Memorandum on the prevention of leprosy by segregation of the affected
Disease focus: Leprosy
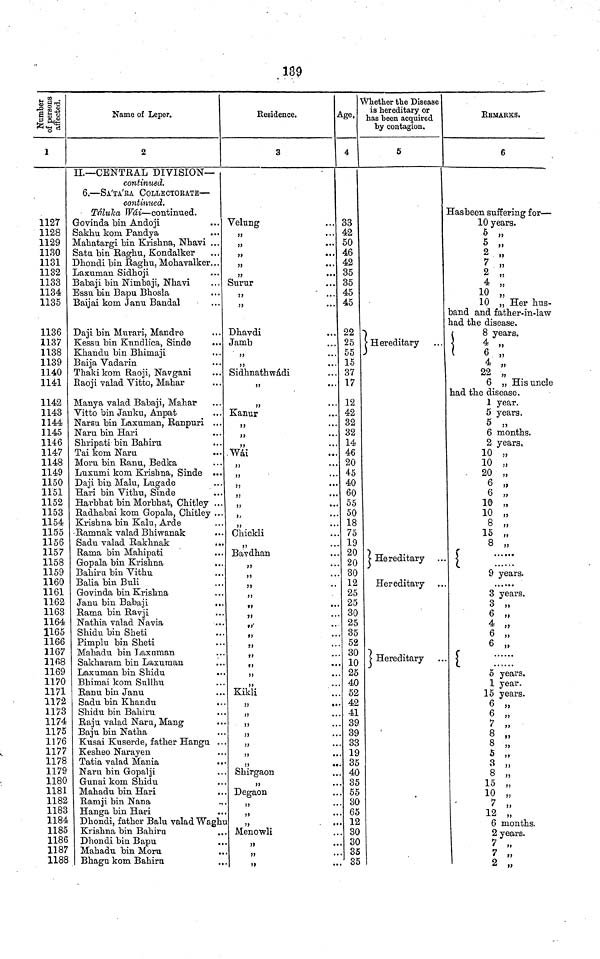
139
Number
of persons
affected.
1
1127
1128
1129
1130
1131
1132
1133
1134
1135
1136
1137
1138
1139
1140
1141
1142
1143
1144
1145
1146
1147
1148
1149
1150
1151
1152
1153
1154
1155
1156
1157
1158
1159
1160
1161
1162
1163
1164
1165
1166
1167
1168
1169
1170
1171
1172
1173
1174
1175
1176
1177
1178
1179
1180
1181
1182
1183
1184
1185
1186
1187
1188
Name of Leper.
2
IL—CENTRAL DIVISION—
continued.
6.—SA'TA'RA COLLECTORATE—
continued..
Táluka Wái—continued.
Govinda bin Andoji
Sakhu kom Pandya
Mahatargi bin Krishna, Nhavi ...
Satu bin Raghu, Kondalker
Dhondi bin Raghu, Mohavalker...
Laxuman Sidhoji
Babaji bin Nimbaji, Nhavi
Essu bin Bapu Bhosla
Baijai kom Janu Bandai
Daji bin Murari, Mandre
Kessu bin Kundlica, Sinde
Khandu bin Bhimaji
Baija Vadarin
Thaki kom Raoji, Navgani
Raoji valad Vitto, Mahar
Manya valad Babaji, Mahar
Vitto bin Janku, Anpat
Narsu bin Laxuman, Ranpuri ...
Naru bin Hari
Shripati bin Bahiru
Tai kom Naru
Moru bin Ranu, Bedka
Luxumi kom Krishna, Sinde ...
Daji bin Malu, Lugade
Hari bin Vithu, Sinde
Harbhat bin Morbhat, Chitley ..
Radhabai kom Gopala, Chitley ..
Krishna bin Kalu, Arde
Ramnak valad Bhiwanak
Sadu valad Rakhnak
..
Rama bin Mahipati
..
Gopala bin Krishna
,.
Bahiru bin Vithu
Balia bin Buli
Govinda bin Krishna
Janu bin Babaji
,.
Rama bin Ravji
Nathia valad Navia
Shidu bin Sheti
Pimplu bin Sheti
Mahadu bin Laxuman
Sakharam bin Laxuman
Laxuman bin Shidu
Bhimai kom Sullhu
Ranu bin Janu
Sadu bin Khandu
Shidu bin Bahiru
Raju valad Naru, Mang
Baju bin Natha
Kusai Kuserde, father Hangu .
Kesheo Narayen
Tatia valad Mania
Naru bin Gopalji
Gunai kom Shidu
Mahadu bin Hari
Ramji bin Nana
Hanga bin Hari
Dhondi, father Balu valad Wagh
Krishna bin Bahiru
,
Dhondi bin Bapu
Mahadu bin Moru
Bhagu kom Bahiru
Residence.
3
Velung
,,
...
,,
...
,,
•••
,,
•••
,,
...
Surur
,,
,,
...
Dhavdi
Jamb
,,
...
,,
...
Sidhnathwádi
,,
...
¡y
Kanur
,,
...
,,
•••
,,
...
Wái
,,
...
,,
...
,,
...
,,
•••
,,
•••
,,
•• •
,,
.. «
Chickli
,,
* • *
Bavdhan
,,
• • •
,,
• • •
,,
' '
,,
,,
•••
,,
* * *
,,
* *
it
" *
,,
••
,,
• •
it
• •
,,
..
t>
* •
Kikli
,,
••
,,
..
,,
))
,,
))
••
Shirgaon
Degaon
,,
,,
,,
Menowli
,,
.
Age.
4
33
42
50
46
42
35
35
45
45
22
25
55
15
37
17
12
42
32
32
14
46
20
45
40
60
55
50
18
75
19
20
20
30
12
25
25
30
25
35
52
30
10
25
40
52
42
41
39
39
33
. 19
. 35
. 40
. 35
. 55
. 30
. 65
. 12
. 30
. 30
. 35
85
Whether the Disease
is hereditary or
has been acquired
by contagion.
5
•Hereditary
Hereditary
Hereditary
Hereditary
REMARKS.
6
Has been suffering for—
10 years.
5 »
5 „
2 „
7 ,,
2 „
4 „
10 „
10 „ Her hus-
band and father-in-law
had the disease.
(
8 years.
4 „
6 ,,
4 „
22 „
6 „ His uncle
had the disease.
1 year.
5 years.
5 „
6 months.
2 years.
10 „
10 „
20 „
6 „
6 „
10
»
10 „
8 „
15 „
8 „
9 years.
3 years.
3 „
6 „
4 „
6 „
6 „
5 years.
1 year.
15 years.
6 „
6 „
7 „
8 „
8 „
5 ,,
3 „
8 „
15 „
10 „
7 ,,
12 „
6 months.
2 years.
7 „
7
7 ,,2 „